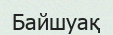
Байшуақ